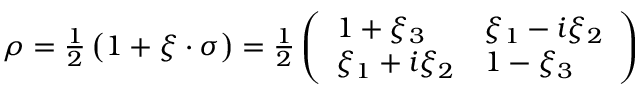
\begin{array} { r } { \rho = \frac { 1 } { 2 } \left( 1 + { \boldsymbol { \xi } \cdot \boldsymbol { \sigma } } \right) = \frac { 1 } { 2 } \left( \begin{array} { l l } { 1 + \xi _ { 3 } } & { \xi _ { 1 } - i \xi _ { 2 } } \\ { \xi _ { 1 } + i \xi _ { 2 } } & { 1 - \xi _ { 3 } } \end{array} \right) } \end{array}